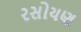
રસોયણ